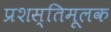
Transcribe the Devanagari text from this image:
प्रशस्तिमूलक